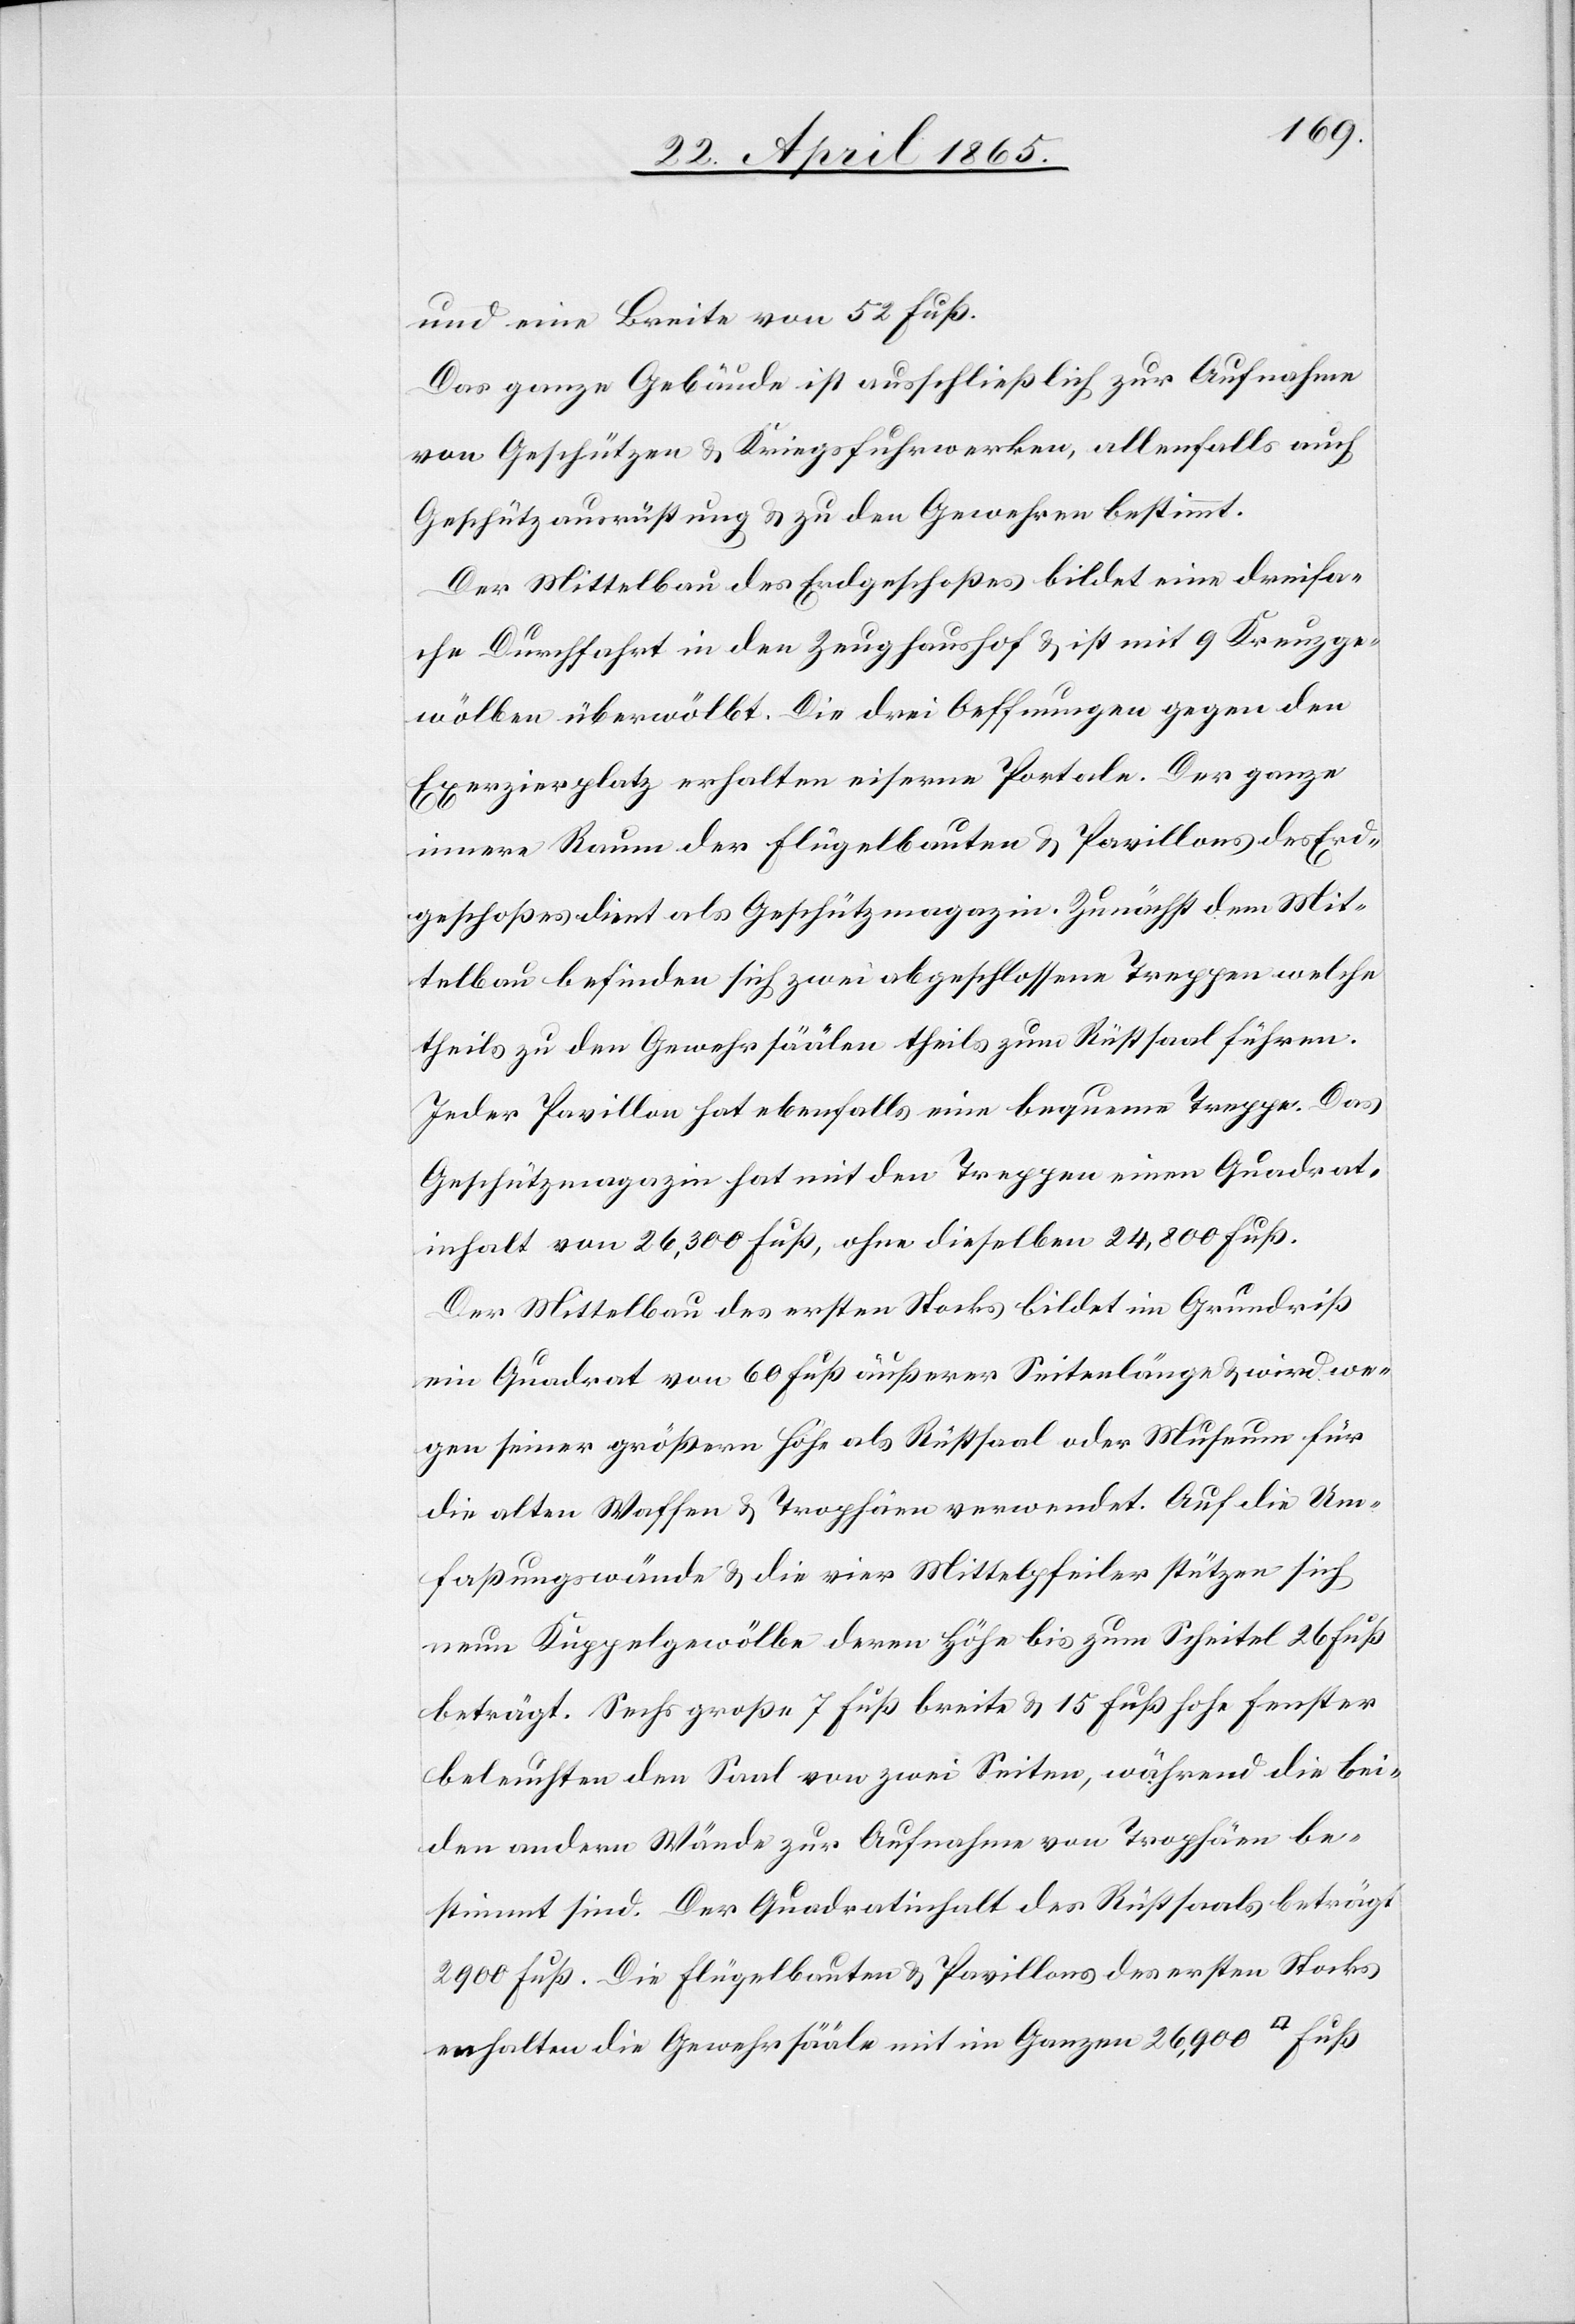
und eine Breite von 52 Fuß.
Das ganze Gebäude ist ausschließlich zur Aufnahme
von Geschützen & Kriegsfuhrwerken, allenfalls auch
Geschützausrüstung & zu den Gewehren bestimmt.
Der Mittelbau des Erdgeschoßes bildet eine dreifa¬
che Durchfahrt in den Zeughaushof & ist mit 9 Kreuzge¬
wölben überwölbt. Die drei Oeffnungen gegen den
Exerzierplatz erhalten eiserne Portale. Der ganze
innere Raum der Flügelbauten & Pavillons des Erd¬
geschoßes dient als Geschützmagazin. Zunächst dem Mit¬
telbau befinden sich zwei abgeschlossene Treppen welche
theils zu den Gewehrsäälen theils zum Rüstsaal führen.
Jeder Pavillon hat ebenfalls eine bequeme Treppe. Das
Geschützmagazin hat mit den Treppen einen Quadrat¬
inhalt von 26,300 Fuß, ohne dieselben 24,800 Fuß.
Der Mittelbau des ersten Stockes bildet im Grundriß
ein Quadrat von 60 Fuß äußerer Seitenlänge & wird we¬
gen seiner größern Höhe als Rüstsaal oder Museum für
die alten Waffen & Trophäen verwendet. Auf die Um¬
faßungswände & die vier Mittelpfeiler stützen sich
neun Kuppelgewölbe deren Höhe bis zum Scheitel 26 Fuß
beträgt. Sechs große 7 Fuß breite & 15 Fuß hohe Fenster
beleuchten den Saal von zwei Seiten, während die bei¬
den andern Wände zur Aufnahme von Trophäen be¬
stimmt sind. Der Quadratinhalt des Rüstsaals beträgt
2900 Fuß. Die Flügelbauten & Pavillons des ersten Stocks
en[t]halten die Gewehrsääle mit im Ganzen 26,900 [Quadrat] Fuß